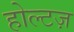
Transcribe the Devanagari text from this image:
होल्टज़